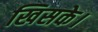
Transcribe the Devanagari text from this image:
खिसके।